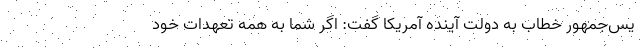
یس‌جمهور خطاب به دولت آینده آمریکا گفت: اگر شما به همه تعهدات خود